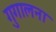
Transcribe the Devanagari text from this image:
गुगालना